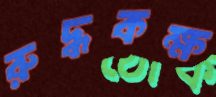
রুদ্ধকক্ষ